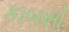
કાબસો